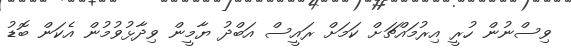
ވިސްނުން ހުރީ އިރުމައްޗަށް ކަމަށް ރައީސް އަބްދު ޔާމީން ވިދާޅުވުމުން އެކަން ބޮޑު